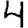
Digit: 4